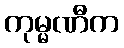
ကုမ္မဏီက